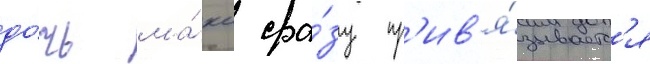
до́чь ма́кс сра́зу пр'ив'я́зываетс'я